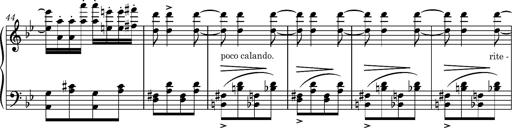
Title: Ungarische Nationalmelodien, S.243
Composer: Franz Liszt